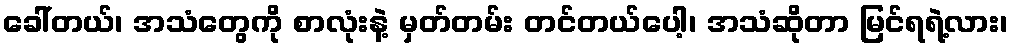
ခေါ်တယ်၊ အသံတွေကို စာလုံးနဲ့ မှတ်တမ်း တင်တယ်ပေါ့၊ အသံဆိုတာ မြင်ရရဲ့လား၊